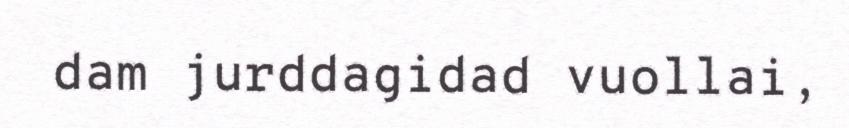
dam jurddagidad vuollai,